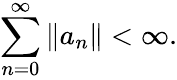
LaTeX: \sum_{n=0}^{\infty}\| a_{n}\| <\infty.